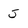
Character: 5